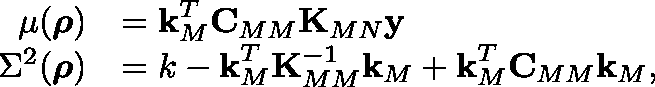
\centering \begin{array} { r l } { \mu ( \boldsymbol { \mathbf { \rho } } ) } & { = \boldsymbol { \mathbf { k } } _ { M } ^ { T } \boldsymbol { \mathbf { C } } _ { M M } \boldsymbol { \mathbf { K } } _ { M N } \boldsymbol { \mathbf { y } } } \\ { \Sigma ^ { 2 } ( \boldsymbol { \mathbf { \rho } } ) } & { = k - \boldsymbol { \mathbf { k } } _ { M } ^ { T } \boldsymbol { \mathbf { K } } _ { M M } ^ { - 1 } \boldsymbol { \mathbf { k } } _ { M } + \boldsymbol { \mathbf { k } } _ { M } ^ { T } \boldsymbol { \mathbf { C } } _ { M M } \boldsymbol { \mathbf { k } } _ { M } , } \end{array}